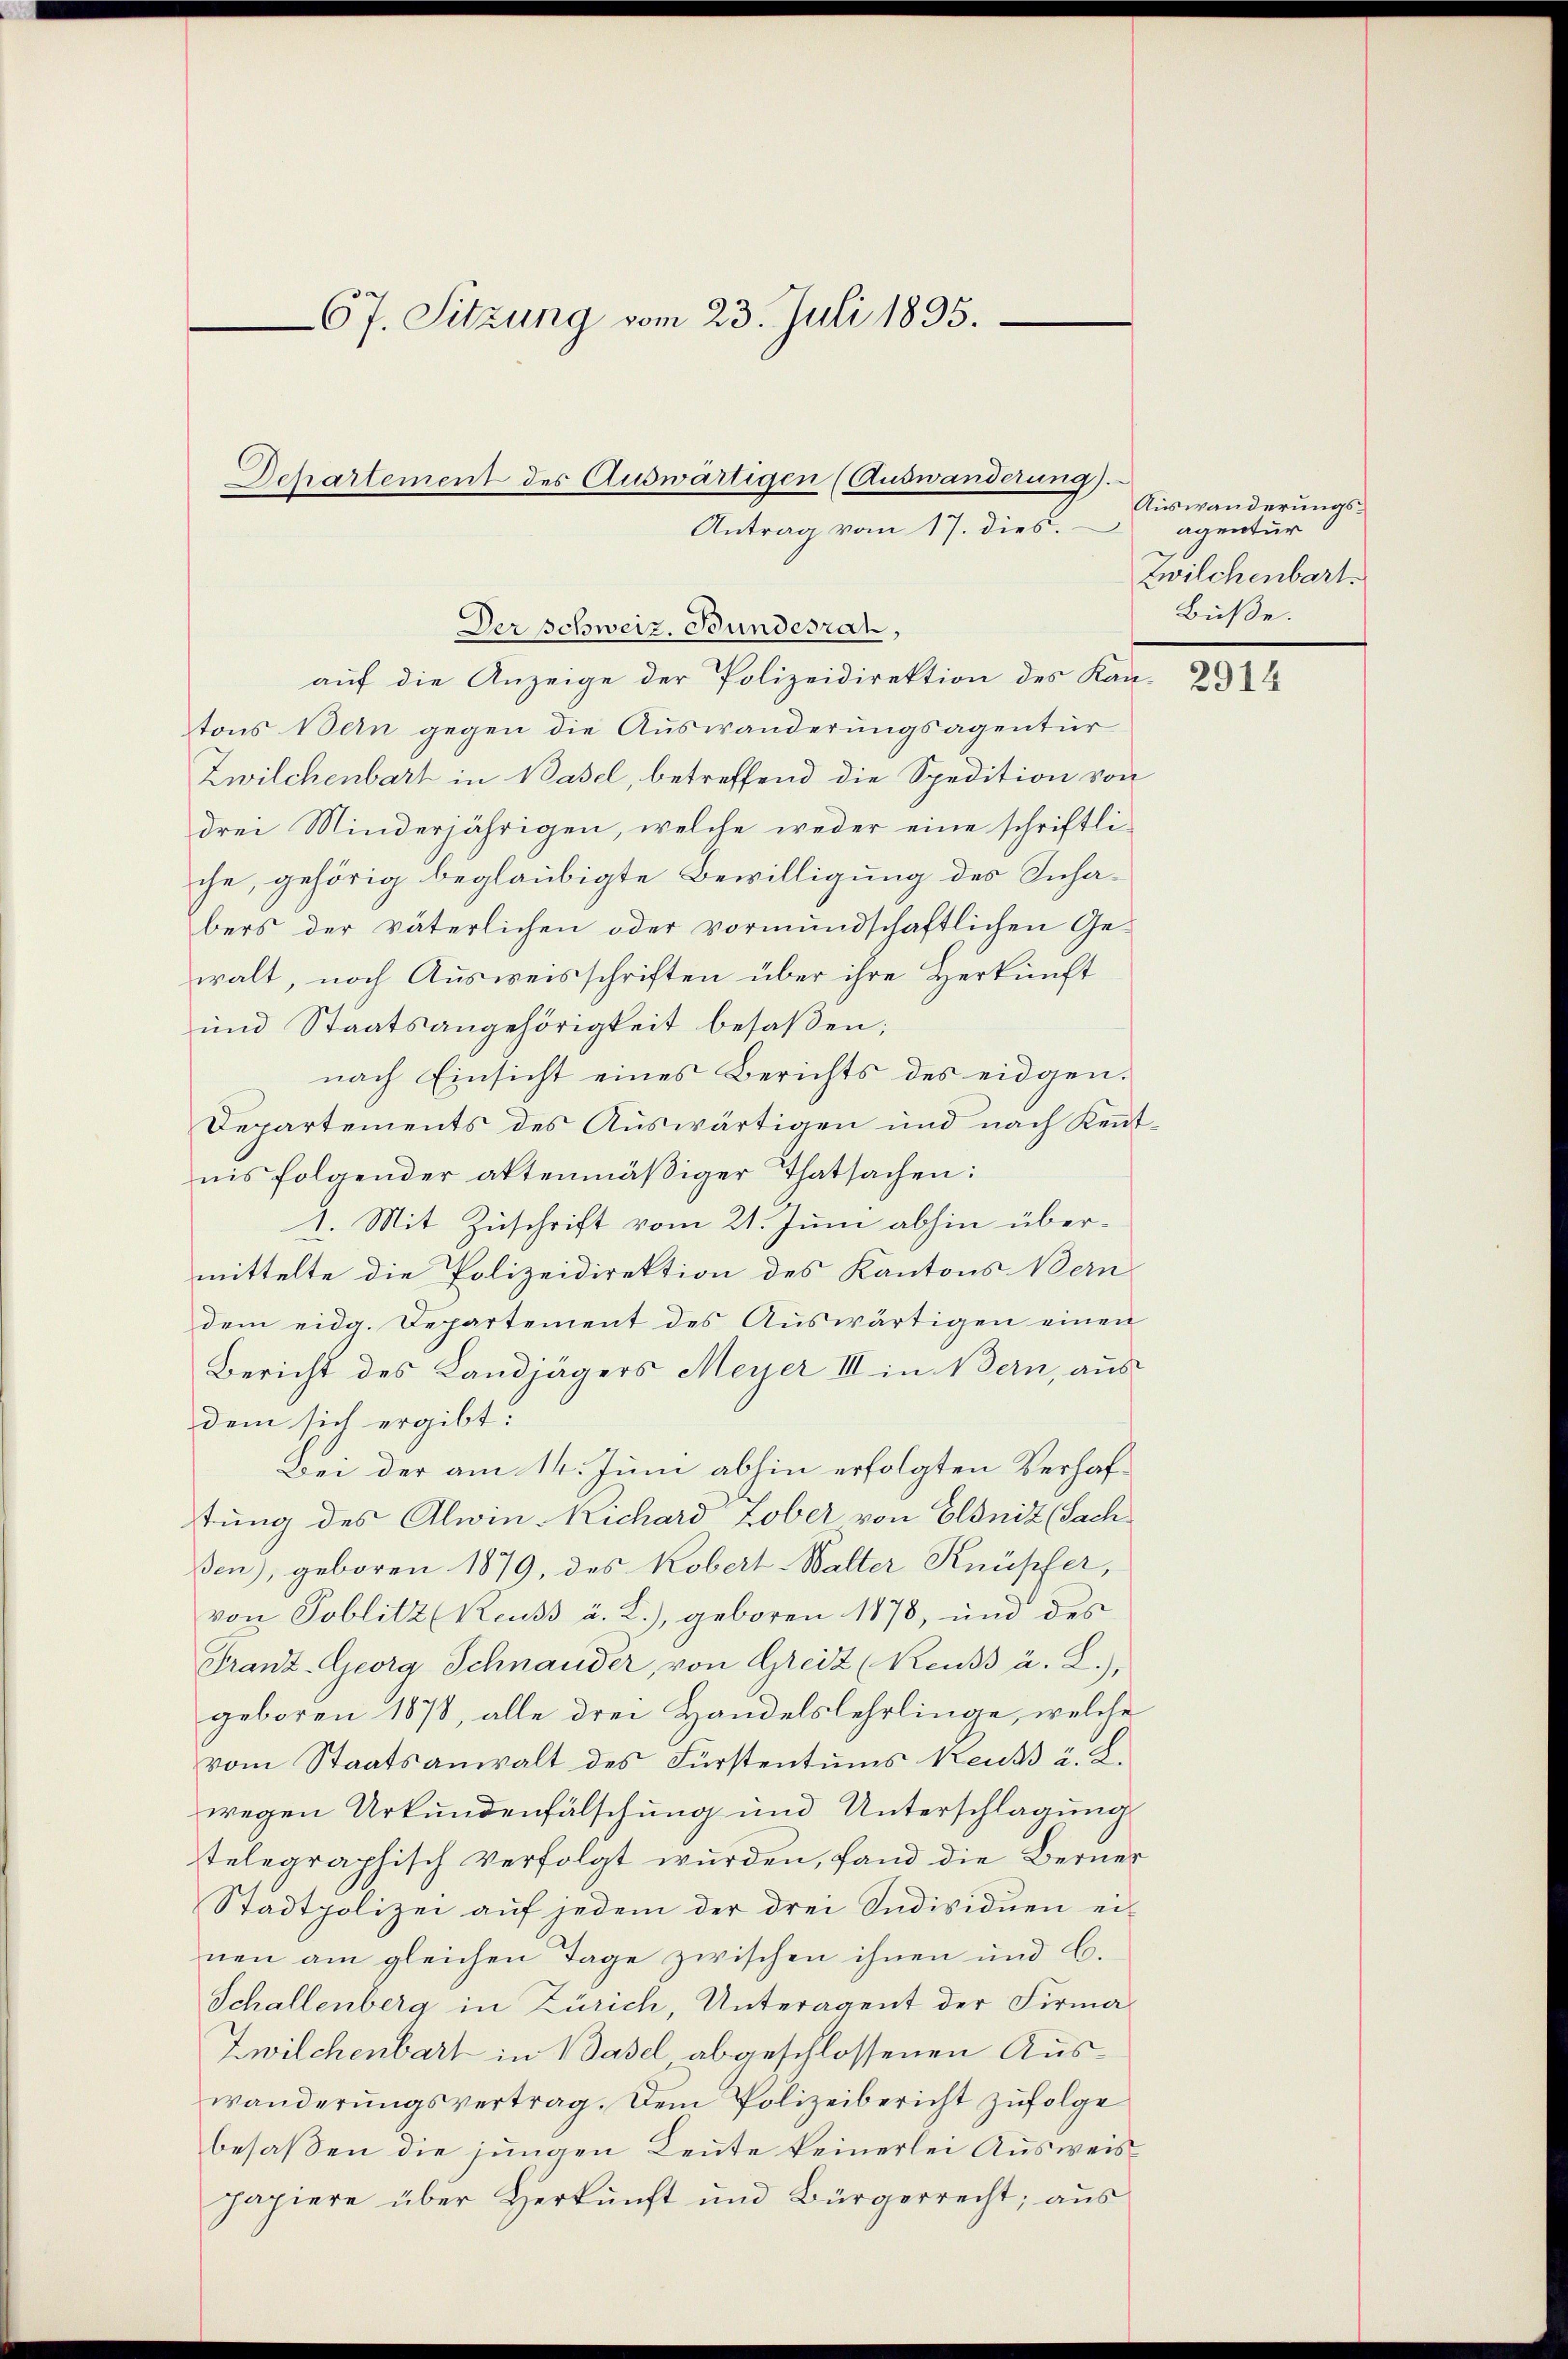
67. Sitzung vom 23. Juli 1895.
Departement des Auswärtigen (Auswanderung).
Antrag vom 17. dies.

Der schweiz. Bundesrat,
auf die Anzeige der Polizeidirektion des Kantons Bern gegen die Auswanderungsagentur
Zwilchenbart in Basel, betreffend die Spedition von
drei Minderjährigen, welche weder eine schriftli-
che, gehörig beglaubigte Bewilligung des Schabers der väterlichen oder vormundschaftlichen Ge-
walt, noch Ausweisschriften über ihre Herkunft
und Staatsangehörigkeit besaßen;
nach Einsicht eines Berichts des eidgen¬
Departements des Auswärtigen und nach Kent-
nis folgender aktenmäβiger Thatsachen:
1. Mit Zuschrift vom 21. Juni abhin übermittelte die Polizeidirektion des Kantons Bern
dem eidg. Departement des Aŭswärtigen einen
Bericht des Landjägers Meyer III in Bern, aus
dem sich ergibt:
Bei der am 14. Juni abhin erfolgten Verhaftung des Alwin Richard Lober von Elsniz (Sach
ßen), geboren 1879, des Kobert-Walter Knüpfer,
von Poblitz (Reuss u. L.), geboren 1878, und des
Franz-Georg Schnauder, von Greiz (Reuss à. L.),
geboren 1878, alle drei Handelslehrlinge, welche
vom Staatsanwalt des Fürstentums Reuss u. L.
wegen Urkundenfälschung und Unterschlagung
telegraphisch verfolgt wurden, fand die Berner
Stadtpolizei auf jedem der drei Sndividuen ei-
nen am gleichen Tage zwischen ihnen und C.
Schallenberg in Zürich, Unteragent der Firma¬
Zwilchenbart in Basel abgeschlossenen Auswänderŭngsvertrag. Dem Polizeibericht zŭfolge
besaßen die jungen Leute keinerlei Ausweispapiere über Herkunft und Bürgerrecht; aus

Auswanderungsagentur
Zwilchenbart.
Büße.

2914